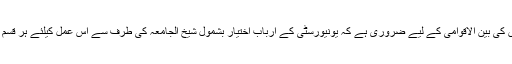
اعلیٰ تعلیمی اداروں کی بین الاقوامی کے لیے ضروری ہے کہ یونیورسٹی کے ارباب اختیار بشمول شیخ الجامعہ کی طرف سے اس عمل کیلئے ہر قسم کا تعاون شامل ہو۔